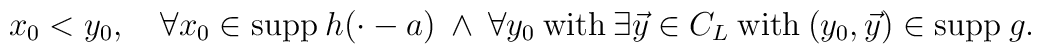
x_0<y_0,\quad\forall x_0\in{\rm supp}\>h(\cdot -a)\>\wedge\>\forall y_0\>{\rm with}\>\exists \vec y\in C_L\> {\rm with}\> (y_0,\vec y)\in{\rm supp}\>g.